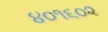
૪૦૧૬૦૨